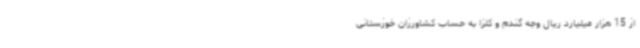
از 15 هزار میلیارد ریال وجه گندم و کلزا به حساب کشاورزان خوزستانی